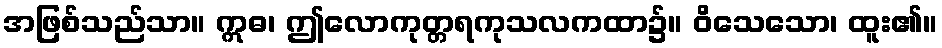
အဖြစ်သည်သာ။ ဣဓ၊ ဤလောကုတ္တရကုသလကထာ၌။ ဝိသေသော၊ ထူး၏။